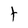
Character: t